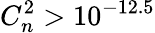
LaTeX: C_{n}^{2}>10^{-12.5}